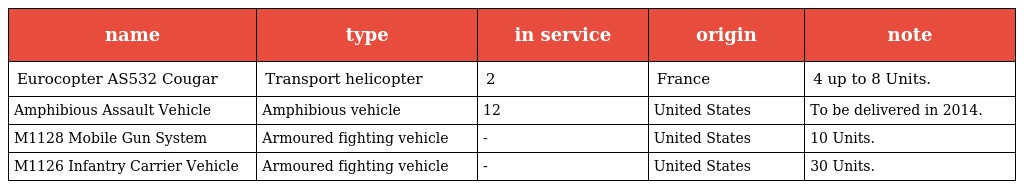
| name | type | in service | origin | note |
 | --- | --- | --- | --- | --- |
 | Eurocopter AS532 Cougar | Transport helicopter | 2 | France | 4 up to 8 Units. |
 | Amphibious Assault Vehicle | Amphibious vehicle | 12 | United States | To be delivered in 2014. |
 | M1128 Mobile Gun System | Armoured fighting vehicle | - | United States | 10 Units. |
 | M1126 Infantry Carrier Vehicle | Armoured fighting vehicle | - | United States | 30 Units. |